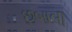
છબાલી